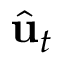
{ \hat { \mathbf { u } } } _ { t }